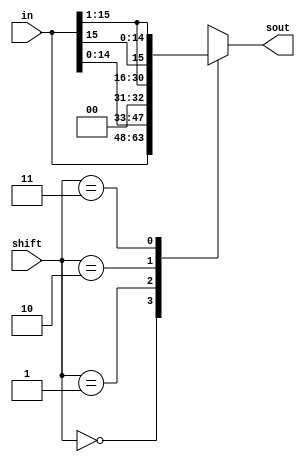
module shifter(in, shift, sout);
    input [15:0] in;
    input [1:0] shift;
    output [15:0] sout;

    reg [15:0] shiftee;
    assign sout = shiftee;

    always @(*) begin
        case(shift)
            2'b0: shiftee = in; 
            2'b01: shiftee = in << 1;
            2'b10: shiftee = in >> 1;
            2'b11: 
                shiftee = $signed (in)>>>1;
            default: shiftee = 16'bxxxxxxxxxxxxxxxx;
        endcase
    end
endmodule